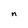
Character: n